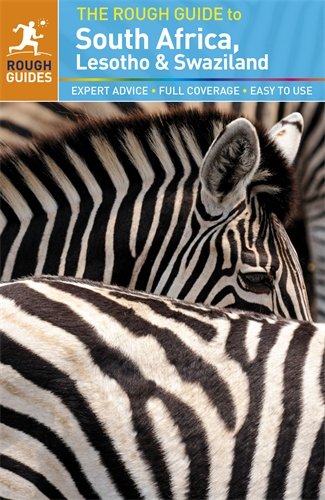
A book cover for The Rough Guide to South Africa; Tony Pinchuck; Travel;